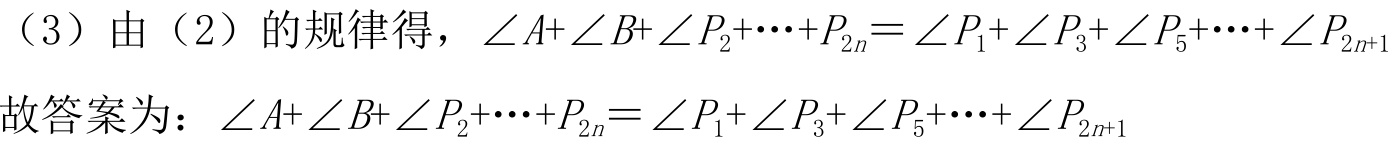
（3）由（2）的规律得，$\angle A + \angle B+\angle P_{2}+\cdots+P_{2n}=\angle P_{1}+\angle P_{3}+\angle P_{5}+\cdots+\angle P_{2n + 1}$
故答案为：$\angle A + \angle B+\angle P_{2}+\cdots+P_{2n}=\angle P_{1}+\angle P_{3}+\angle P_{5}+\cdots+\angle P_{2n + 1}$